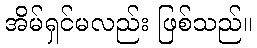
အိမ်ရှင်မလည်း ဖြစ်သည်။